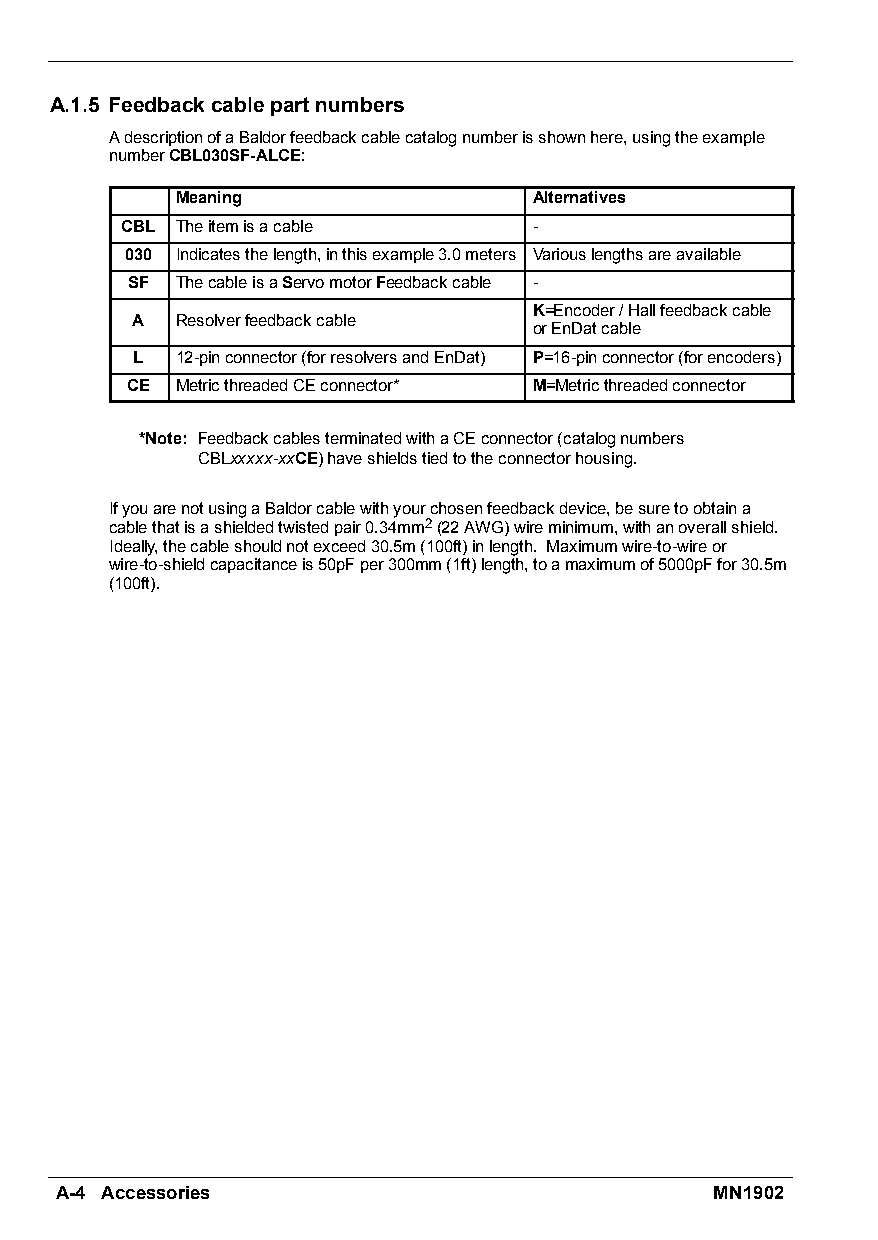
A.1.5 Feedbackcablepartnumbers
 AdescriptionofaBaldorfeedbackcablecatalognumberisshownhere,usingtheexample
 numberCBL030SF-ALCE:
 Meaning                Alternatives
 CBL Theitemisacable        -
 030 Indicatesthelength,inthisexample3.0meters Variouslengthsareavailable
 SF  ThecableisaServomotorFeedbackcable -
 K=Encoder/Hallfeedbackcable
 A  Resolverfeedbackcable
 orEnDatcable
 L  12-pinconnector(forresolversandEnDat) P=16-pinconnector(forencoders)
 CE  MetricthreadedCEconnector* M=Metricthreadedconnector
 *Note: FeedbackcablesterminatedwithaCEconnector(catalognumbers
 CBLxxxxx-xxCE)haveshieldstiedtotheconnectorhousing.
 IfyouarenotusingaBaldorcablewithyourchosenfeedbackdevice,besuretoobtaina
 cablethatisashieldedtwistedpair0.34mm2(22AWG)wireminimum,withanoverallshield.
 Ideally,thecableshouldnotexceed30.5m(100ft)inlength. Maximumwire-to-wireor
 wire-to-shieldcapacitanceis50pFper300mm(1ft)length,toamaximumof5000pFfor30.5m
 (100ft).
 A-4 Accessories                            MN1902